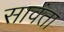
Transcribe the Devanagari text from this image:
सावंता